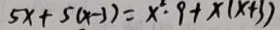
5 x + 5 ( x - 3 ) = x ^ { 2 } . 9 + x ( x + 3 )